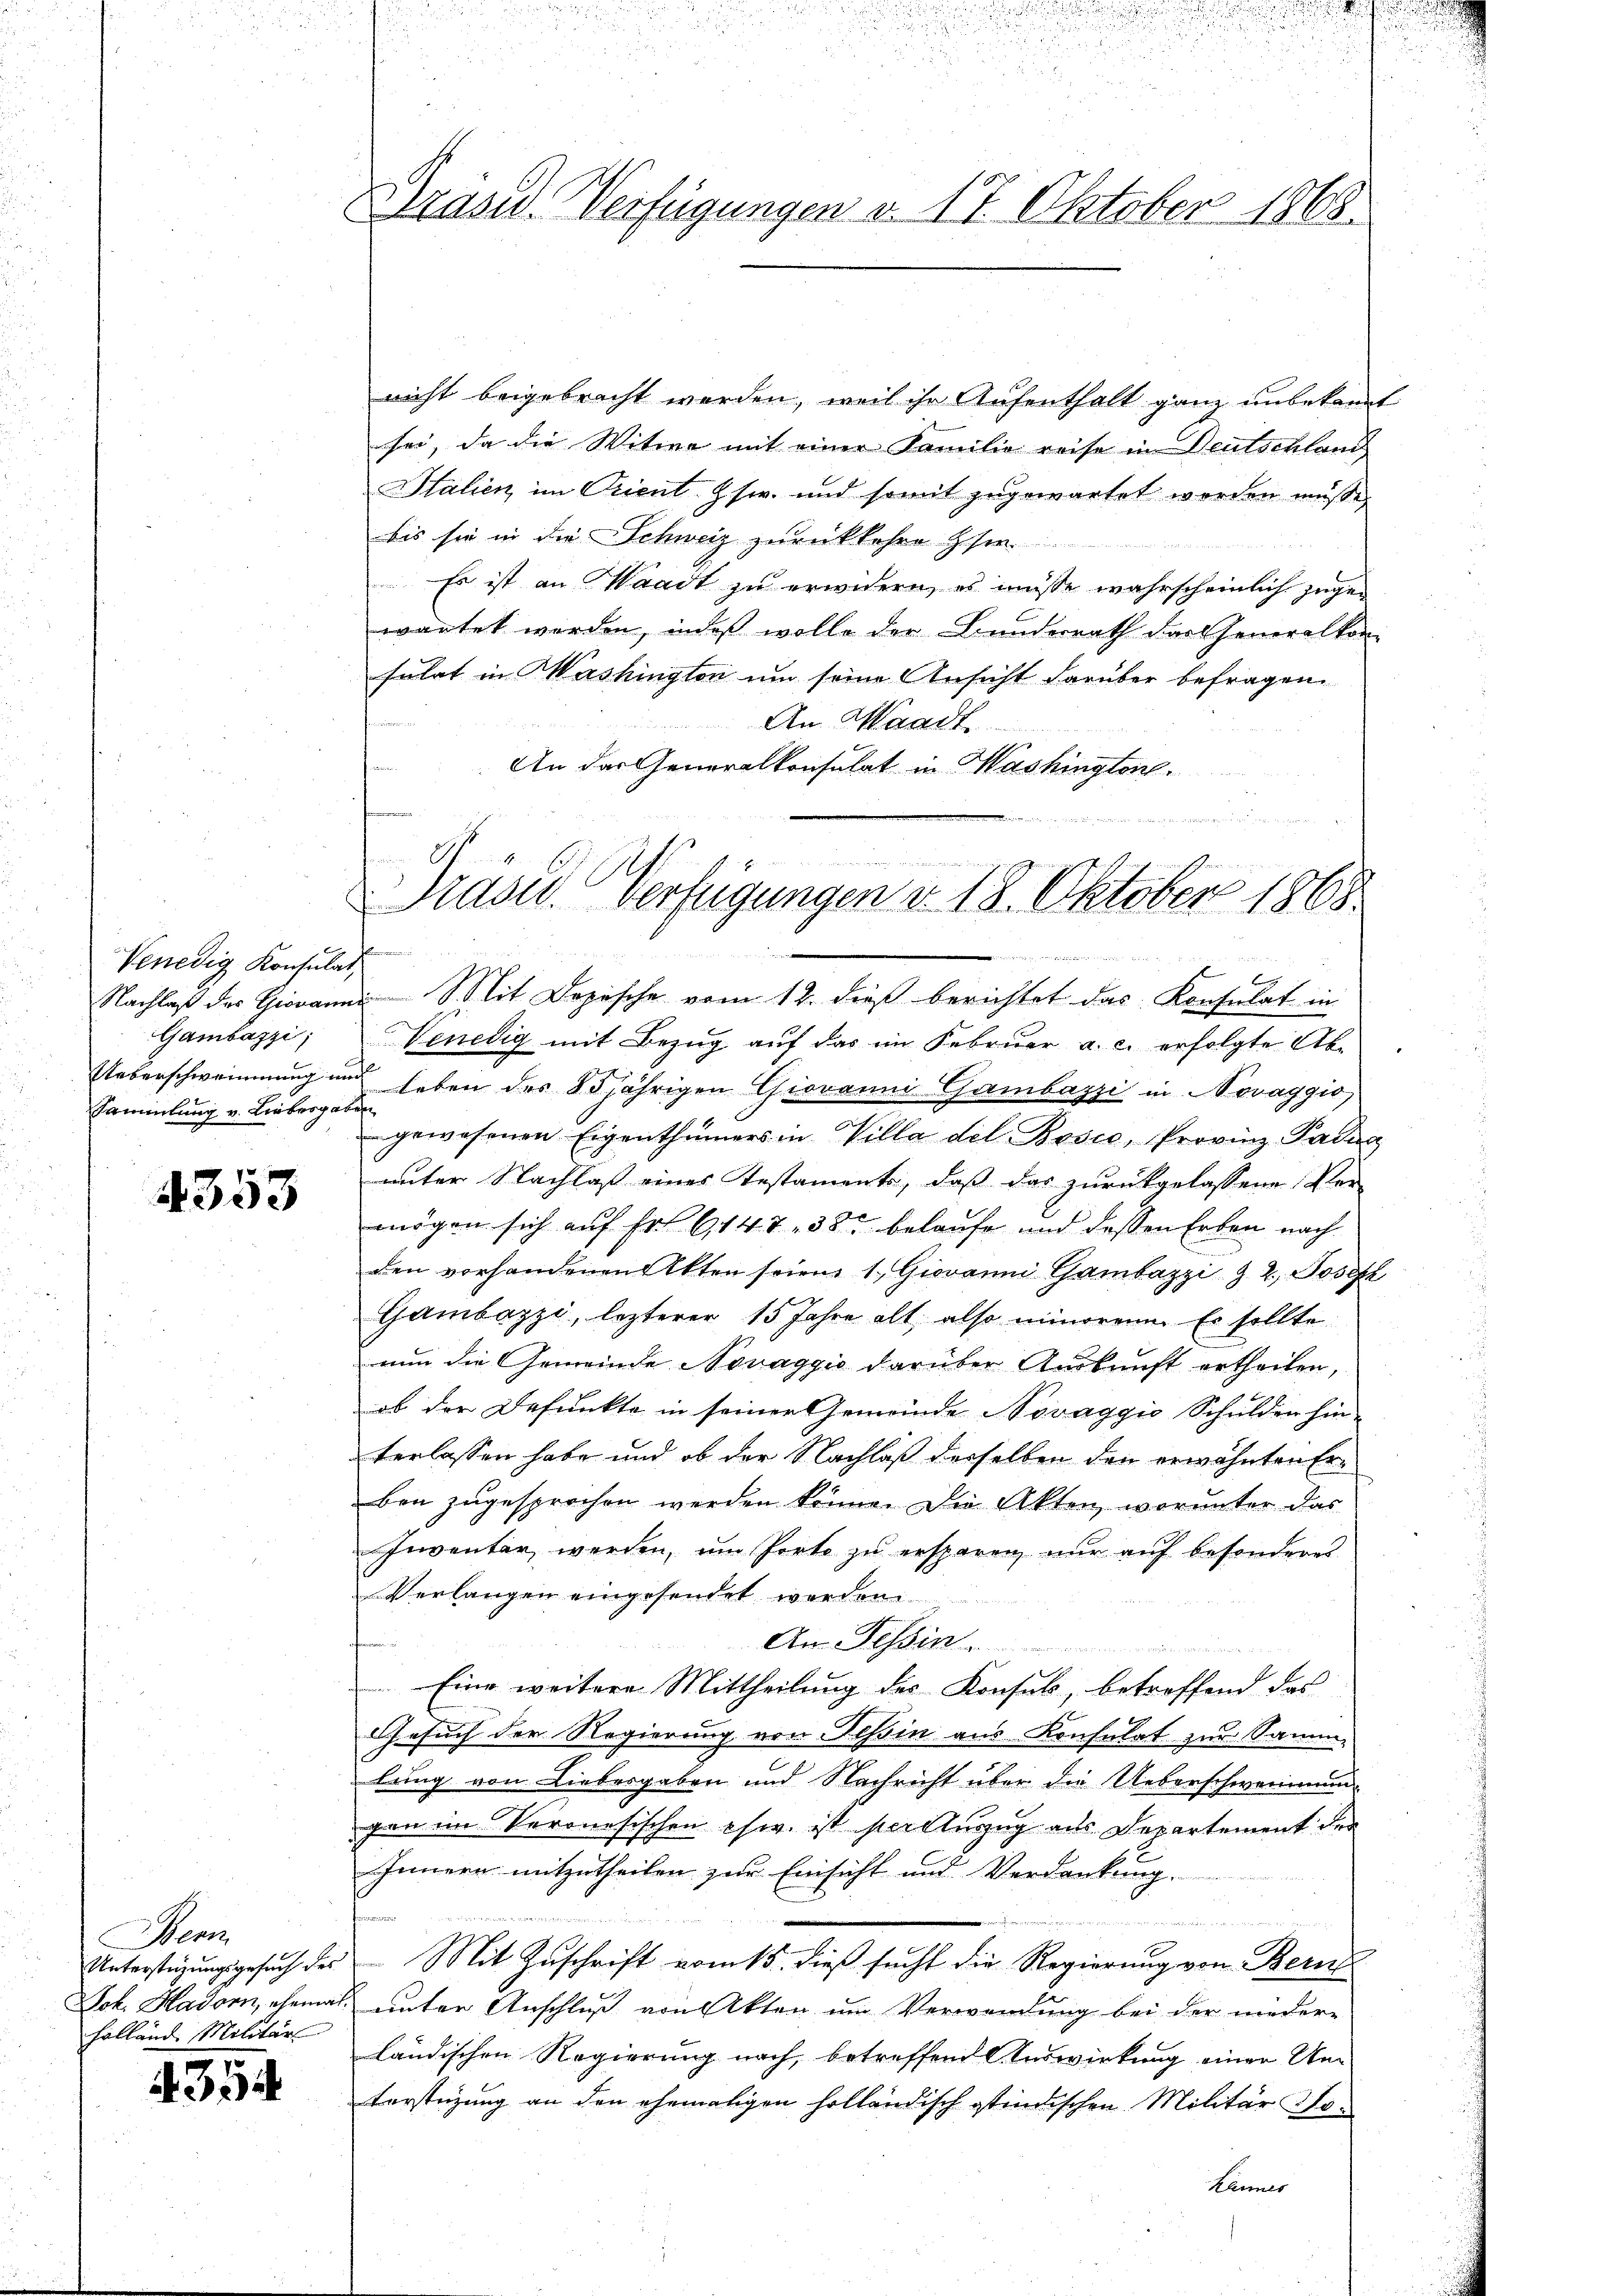
Venedig Konsulat,
Gambazzi,
Sammlung v. Liebesgaben

4353

Por
holländ. Militär

4314

Präsid. Verfügungen v. 17. Oktober 1865.

nicht beigebracht werden, weil ihr Aufenthalt ganz unbekannt
sei, da die Witwe mit einer Familie reise in Deutschland
Italien im Orient usw. und somit zugewartet werden müsse,
bis sie in die Schweiz zurückkehre sie
Es ist an Waadt zu erwidern, es müsse wahrscheinlich zugewartet worden, indeß wolle der Bunderrath das Generalkon-
sulat in Washington um seine Ansicht darüber befragen,
An Waadt
An das Generalkonsulat in Mashington.
egung

Präser Verfügungen v. 18. Oktobers 1868.

|
izirten Berneuern
b
Nachlaβ des Giovanni S. Mit Dopische vom 12. dieβ berichtet das Konsulat in
Venedig mit Bezug auf das im Februar a. c. erfolgte Ab¬
Ueberschwemmung und leben des 85jährigen Giovanni Gambazzi in Novaggio,
gewesenen Eigenthümers in Villa del Bosco, Provinz Padea
unter Nachlaß eines Testaments, daß das zurückgelassene Vermögen sich auf Fr. 6147. 38. belaufe und dessen Erben nach
den vorhandenen Akten seien 1. Giovanni Gambazzi Z. 2. Josef
Gambazzi, lezterer 15 Jahre alt, also minorene Er sollte
nun die Gemeinde Novaggio darüber Auskunft ertheilen,
ob der Befunkte in seiner Gemeinde Novaggio Schulden hin-
terlassen habe und ob der Nachlaß derselben den erwähnten Erben zugesprochen werden könne. Die Akten, worunter das
Inventar werden, um Porto zu ersparen nur auf besonderes
Verlangen eingesendet werden.
An Tessin.
Eine weitere Mittheilung des Konsuls, betreffend das
Gesuch der Regierung von Tessin aus Konsulat zur Samm-
lung von Liebergaben und Nachricht über die Ueberschwernung
gen im Veronesischen chw. ist stellung aus Departement der
Innern mitzutheilen zur Einsicht und Verdankung.

Unterstüzungsgesuch des Mit Zuschrift vom 15. dieß sucht die Regierung von Bern
Joh. Hador, ehemals unter Anschluß von Akten um Verwendung bei der nieder-
ländischen Regierung nach, betreffend Auswirkung einer Um¬
Forstüzung an den ehemaligen holländisch stindischen Militär Jo-
Kannes